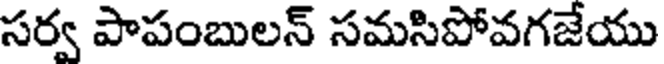
సర్వ పాపంబులన్ సమసిపోవగజేయు